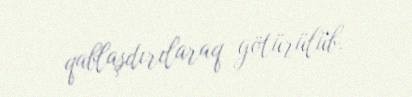
qablaşdırılaraq götürülüb.